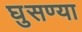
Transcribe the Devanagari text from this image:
घुसण्या